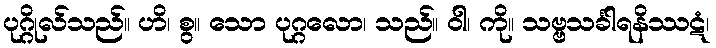
ပုဂ္ဂိုလ်သည်။ ဟိ၊ စွ။ သော ပုဂ္ဂလော၊ သည်။ ဝါ၊ ကို။ သဗ္ဗသင်္ခါရနိဿဋံ၊